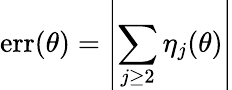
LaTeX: \mathrm{err}(\theta)=\left|\sum_{j\geq 2}\eta_{j}(\theta)\right|